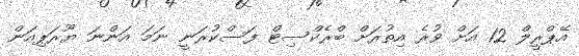
އޭޕްރީލް 12 އަށް ވުރެ އިތުރަށް ބްރެކްސިޓް ފަސްކުރަނީ ނަމަ އަންނަ ޔޫރަޕިއަން